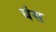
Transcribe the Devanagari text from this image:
घंस